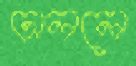
ঢাললে